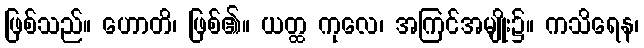
ဖြစ်သည်။ ဟောတိ၊ ဖြစ်၏။ ယတ္ထ ကုလေ၊ အကြင်အမျိုး၌။ ကသိရေန၊